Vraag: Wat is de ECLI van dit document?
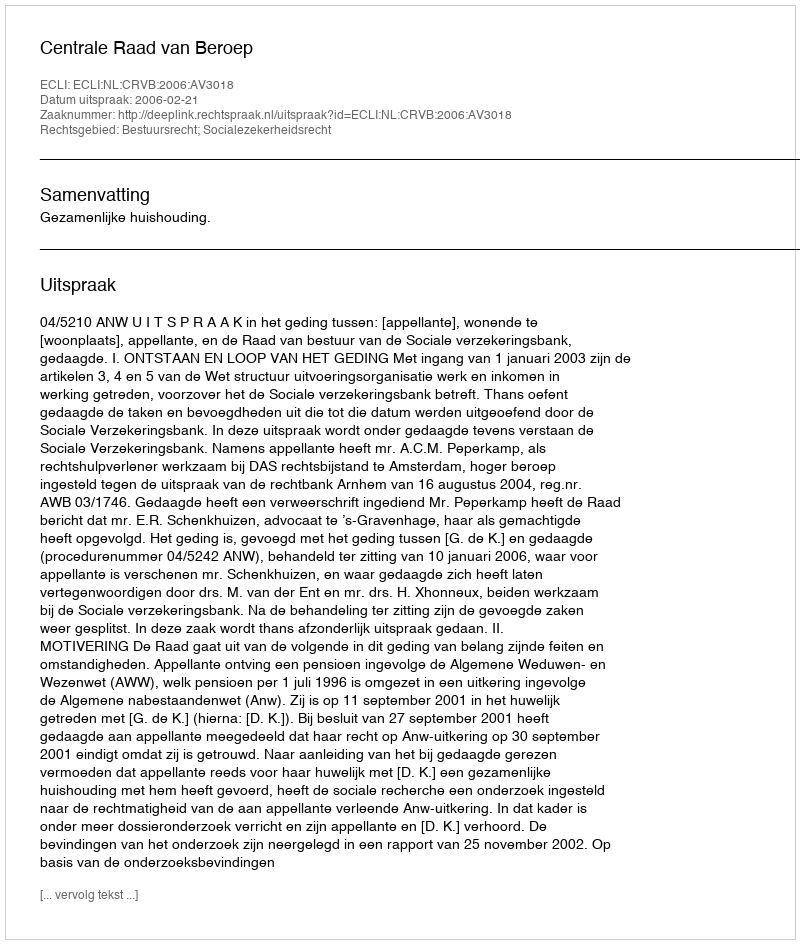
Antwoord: ECLI:NL:CRVB:2006:AV3018